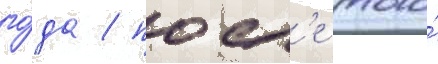
го́да / посл'е того́